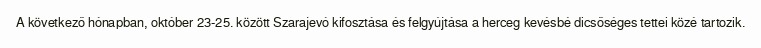
A következő hónapban, október 23-25. között Szarajevó kifosztása és felgyújtása a herceg kevésbé dicsőséges tettei közé tartozik.